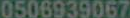
0506939067